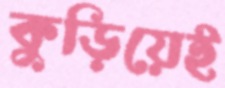
কুড়িয়েই